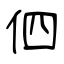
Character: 伵